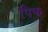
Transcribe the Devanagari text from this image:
पिफ